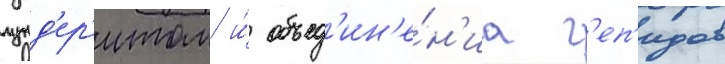
гунд'ер'итом и́ объед'ин'е́н'иа г'еп'идов